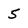
Character: 5